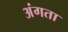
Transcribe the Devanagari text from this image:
अंगता